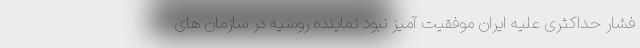
فشار حداکثری علیه ایران موفقیت آمیز نبود نماینده روسیه در سازمان های